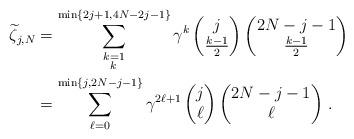
LaTeX: \begin{align*}\widetilde \zeta_{j,N}&=\sum_{\substack{k=1\\k\,}}^{\min\{2j+1,4N-2j-1\}}\gamma^k \begin{pmatrix}j \\ \frac{k-1}{2}\end{pmatrix} \begin{pmatrix}2N-j-1 \\ \frac{k-1}{2} \end{pmatrix}\\ &=\sum_{\substack{\ell=0}}^{\min\{j,2N-j-1\}}\gamma^{2\ell +1} \begin{pmatrix}j \\ \ell\end{pmatrix} \begin{pmatrix}2N-j-1 \\ \ell\end{pmatrix} \,.\end{align*}